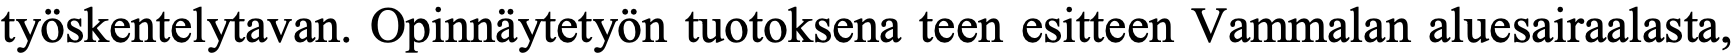
työskentelytavan. Opinnäytetyön tuotoksena teen esitteen Vammalan aluesairaalasta,